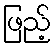
ဖြည့်